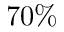
7 0 \%